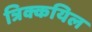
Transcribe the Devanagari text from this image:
त्रिक्कयिल